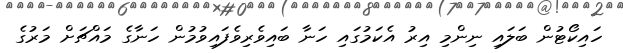
ހައިކޯޓުން ބަލައި ނިންމި އިރު އެކަމުގައި ހަނާ ބައިވެރިވެފައިވުމުން ހަނާގެ މައްޗަށް މަރުގެ